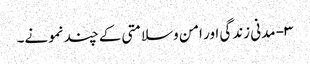
۳- مدنی زندگی اور امن وسلامتی کے چند نمونے۔